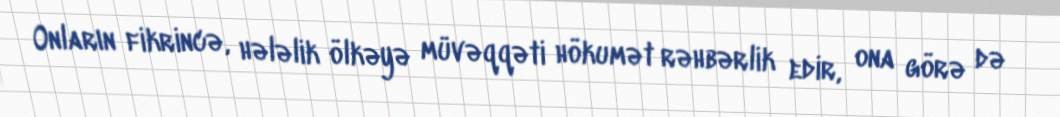
Onların fikrincə, hələlik ölkəyə müvəqqəti hökumət rəhbərlik edir, ona görə də